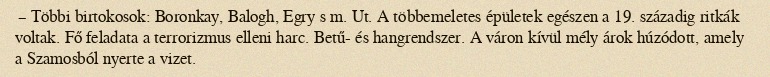
– Többi birtokosok: Boronkay, Balogh, Egry s m. Ut. A többemeletes épületek egészen a 19. századig ritkák voltak. Fő feladata a terrorizmus elleni harc. Betű- és hangrendszer. A váron kívül mély árok húzódott, amely a Szamosból nyerte a vizet.